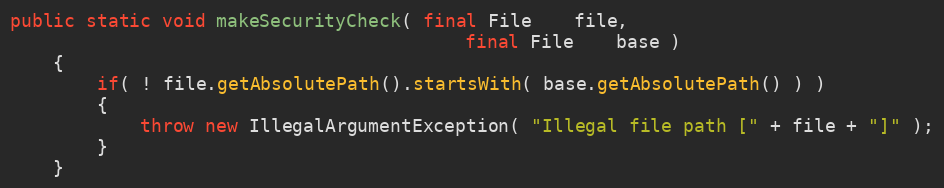
Language: Java
public static void makeSecurityCheck( final File    file,
                                          final File    base )
    {
        if( ! file.getAbsolutePath().startsWith( base.getAbsolutePath() ) )
        {
            throw new IllegalArgumentException( "Illegal file path [" + file + "]" );
        }
    }